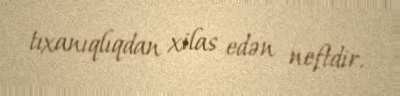
tıxanıqlıqdan xilas edən neftdir.